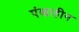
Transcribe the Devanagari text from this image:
पंखाहीन